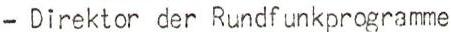
-Direktor der Rundfunkprogramme